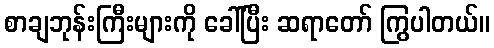
စာချဘုန်းကြီးများကို ခေါ်ပြီး ဆရာတော် ကြွပါတယ်။